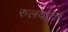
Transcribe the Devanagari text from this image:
रुलवाना